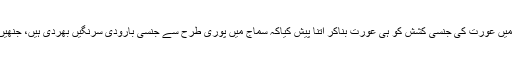
بے حیائی، بے قید آزادی، بے لگام جنسی اختلاط اور اوپر سے میڈیا اور اشتہارات کی انڈسٹری نے سماج میں عورت کی جنسی کشش کو ہی عورت بناکر اتنا پیش کیاکہ سماج میں پوری طرح سے جنسی بارودی سرنگیں بھردی ہیں، جنھیں شیطانی وسوسہ کی ذراسی لہر دھماکہ میں تبدیل کرکے زندگیوں، خاندانوں اور سماج کو تباہ کررہی ہے۔